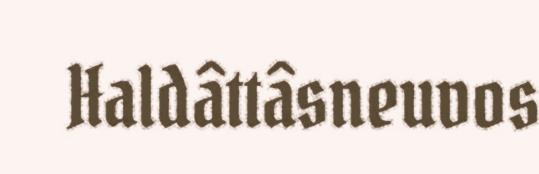
Haldâttâsneuvos